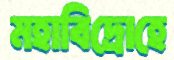
মহাবিদ্রোহে